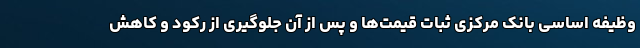
وظیفه اساسی بانک مرکزی ثبات قیمت‌ها و پس از آن جلوگیری از رکود و کاهش